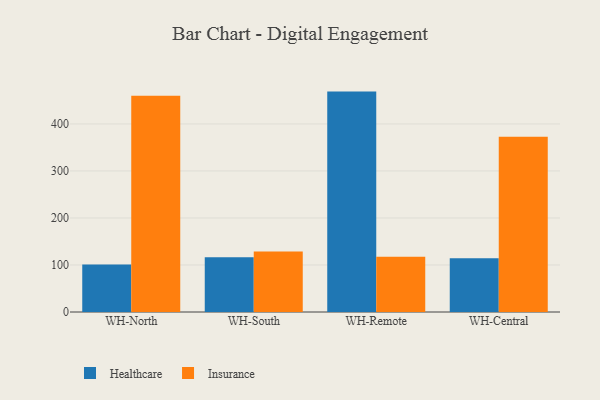
{"axis": {"x": "Warehouse", "y": "Satisfaction Score"}, "legend": ["Healthcare", "Insurance"], "data": [{"x": "WH-North", "y": 100.9, "type": "Healthcare"}, {"x": "WH-North", "y": 459.9, "type": "Insurance"}, {"x": "WH-South", "y": 116.7, "type": "Healthcare"}, {"x": "WH-South", "y": 128.8, "type": "Insurance"}, {"x": "WH-Remote", "y": 468.8, "type": "Healthcare"}, {"x": "WH-Remote", "y": 117.6, "type": "Insurance"}, {"x": "WH-Central", "y": 114.2, "type": "Healthcare"}, {"x": "WH-Central", "y": 372.7, "type": "Insurance"}]}